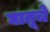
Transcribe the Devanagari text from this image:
घातूचे